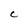
Character: C